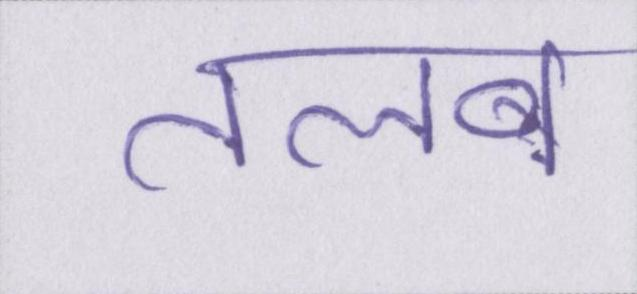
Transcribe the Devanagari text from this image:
तलब